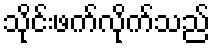
သိုင်းဖက်လိုက်သည်